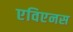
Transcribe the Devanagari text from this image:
एविएनस